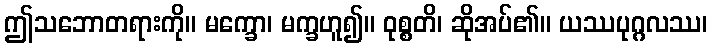
ဤသဘောတရားကို။ မက္ခော၊ မက္ခဟူ၍။ ဝုစ္စတိ၊ ဆိုအပ်၏။ ယဿပုဂ္ဂလဿ၊